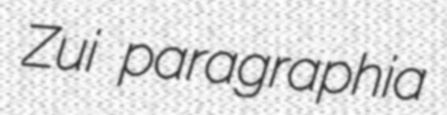
Zui paragraphia